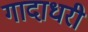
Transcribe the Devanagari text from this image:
गादाधरी